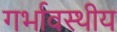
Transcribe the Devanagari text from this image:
गर्भावस्थीय